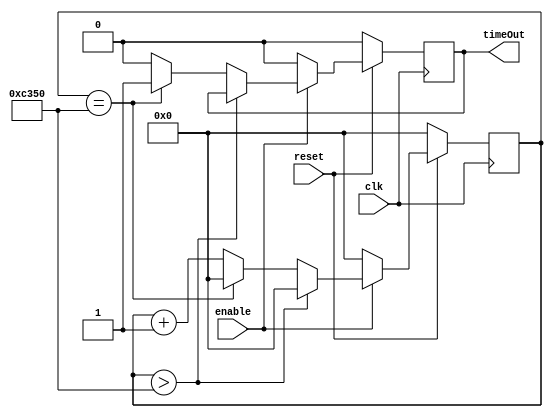

module Timer1ms(clk, reset, enable, timeOut);
input clk, reset;
input enable;
output timeOut;
reg timeOut;
reg [15:0] counter;
always @ (posedge clk)
begin

	if (reset == 0)
	begin
		timeOut <= 0;
		counter <= 0;
	end
	
	else
	begin
		if(enable == 0)
			begin
				counter <=0;
				timeOut <=0;
			end
			
		else
			begin
				if (counter >50000)
					begin
						counter<=0;
					end
				else if(counter == 50000)
					begin
						counter <= 0;
						timeOut <= 1;
					end
			
				else
					begin 
						timeOut <= 0;
						counter <= counter + 1;
				   end 
			end
		end
end
endmodule